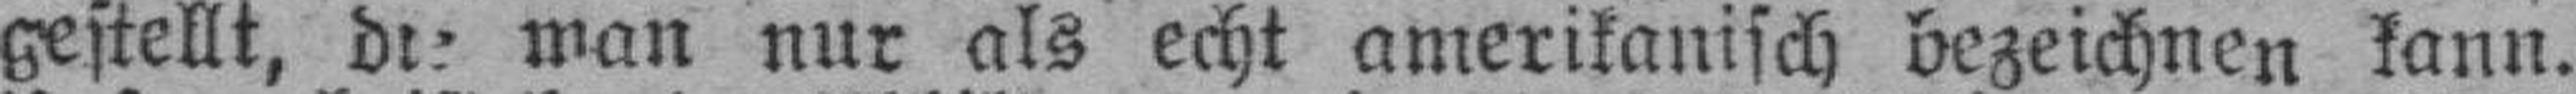
gestellt, die man nur als echt amerikanisch bezeichnen kann.